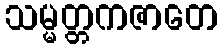
သမ္မတ္တကဇာတေ